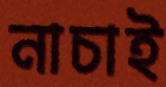
নাচাই